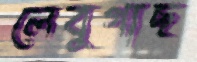
লেবুগাছ